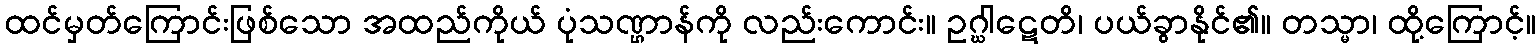
ထင်မှတ်ကြောင်းဖြစ်သော အထည်ကိုယ် ပုံသဏ္ဌာန်ကို လည်းကောင်း။ ဥဂ္ဃါဋေတိ၊ ပယ်ခွာနိုင်၏။ တသ္မာ၊ ထို့ကြောင့်။